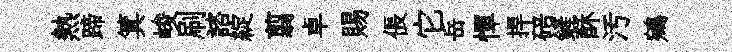
熱蹄箕峻刷諮綻翦卓賜倀它岳憚捍碚鏟酥汚鵷